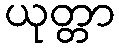
ယုတ္တာ